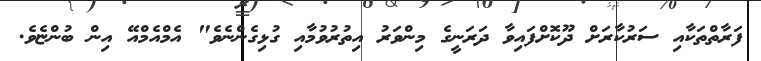
ފަރާތްތަކާއި ސަރުކާރަށް ދޫކޮށްފައިވާ ދަރަނީގެ މިންވަރު އިތުރުވުމާއި ގުޅިގެންނެވެ" އެމްއެމްއޭ އިން ބުންޏެވެ.